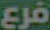
فرع